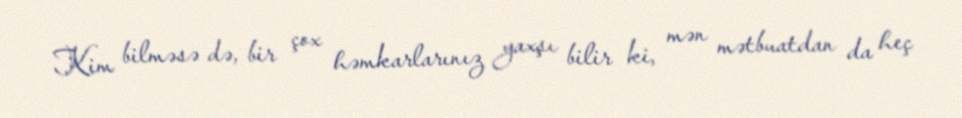
Kim bilməsə də, bir çox həmkarlarınız yaxşı bilir ki, mən mətbuatdan da heç